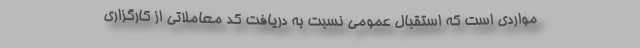
مواردی است که استقبال عمومی نسبت به دریافت کد معاملاتی از کارگزاری